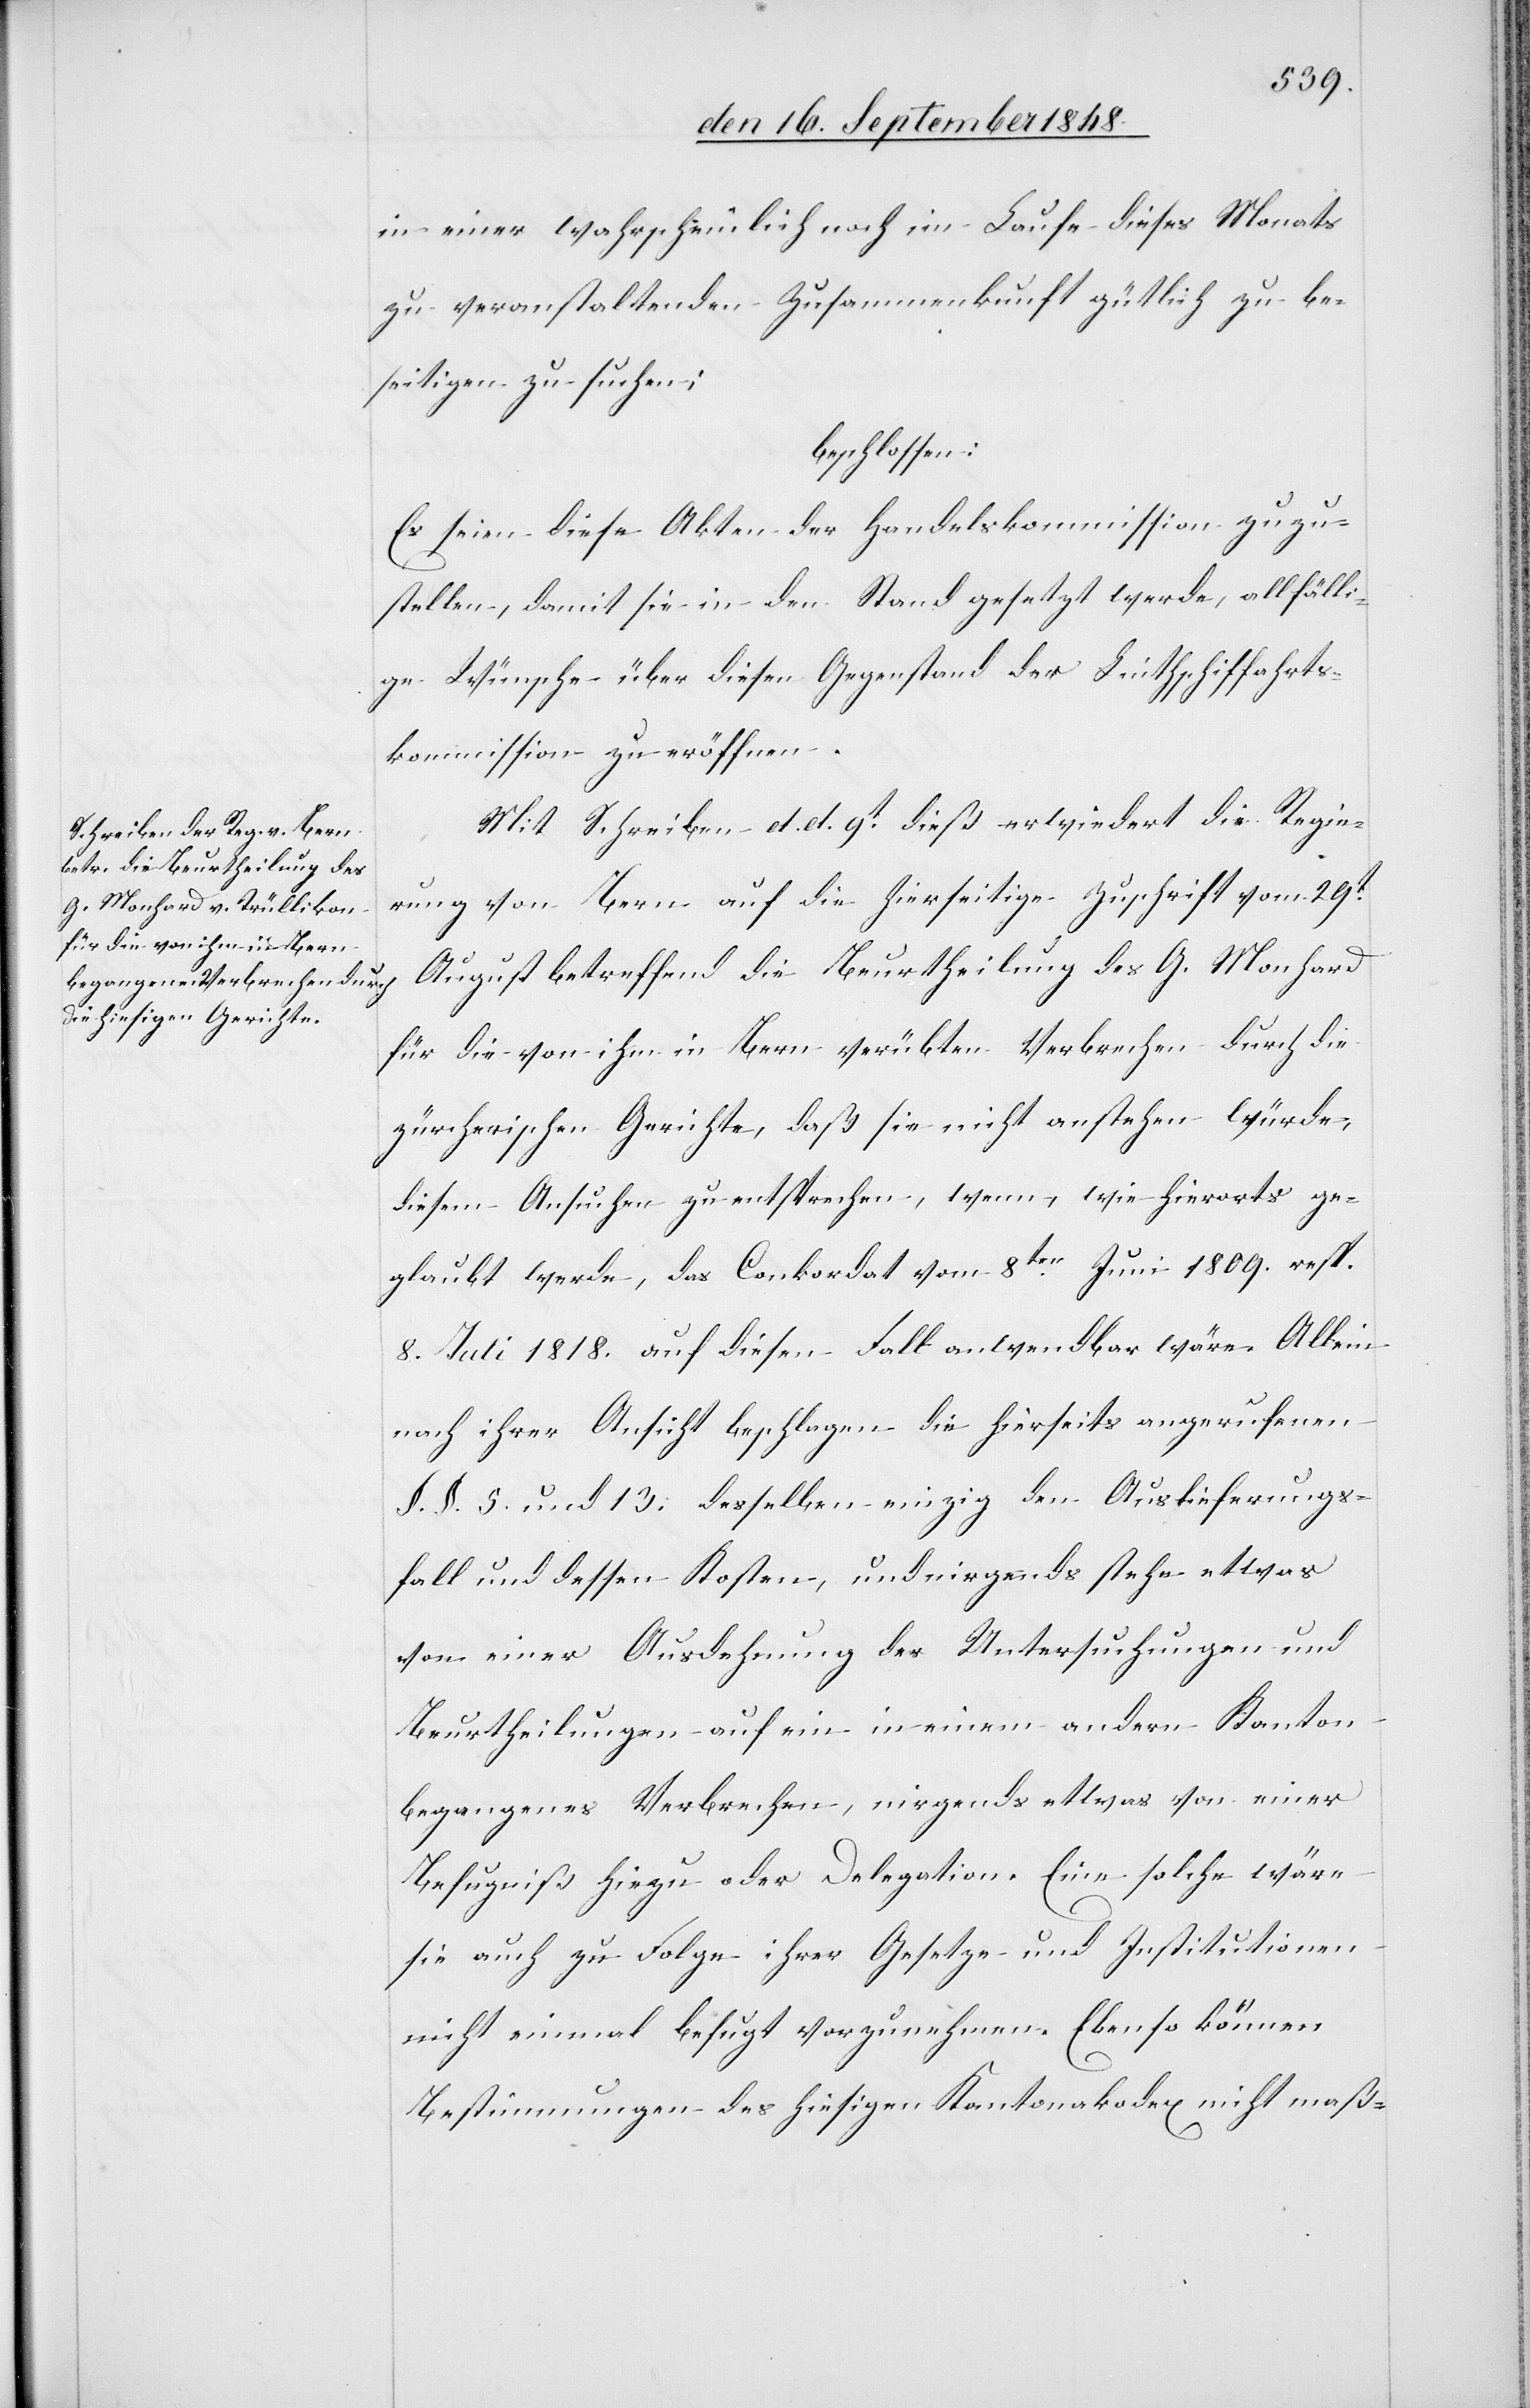
in einer wahrscheinlich noch im Laufe dieses Monats
zu veranstaltenden Zusammenkunft gütlich zu be¬
seitigen zu suchen;
beschlossen:
Es seien diese Akten der Handelskommission zuzu¬
stellen, damit sie in den Stand gesetzt werde, allfälli¬
ge Wünsche über diesen Gegenstand der Linthschiffahrts¬
kommission zu eröffnen.
Mit Schreiben d. d. 9t dieß erwiedert die Regie¬
rung von Bern auf die hierseitige Zuschrift vom 29t
August betreffend die Beurtheilung des G. Monhard
für die von ihm in Bern verübten Verbrechen durch die
zürcherischen Gerichte, daß sie nicht anstehen würde,
diesem Ansuchen zu entsprechen, wenn, wie hierorts ge¬
glaubt werde, das Conkordat vom 8ten Juni 1809. resp.
nach ihrer Ansicht beschlagen die hierseits angerufenen
§. §. 5. und 13. desselben einzig den Auslieferungs¬
fall und dessen Kosten, und nirgends stehe etwas
von einer Ausdehnung der Untersuchungen und
Beurtheilungen auf ein in einem andern Kanton
begangenes Verbrechen, nirgends etwas von einer
Befugniß hiezu oder Delegation. Eine solche wäre
sie auch zu Folge ihrer Gesetze und Institutionen
nicht einmal befugt vorzunehmen. Ebenso können
Bestimmungen des hiesigen Kantonalkodex nicht maß-